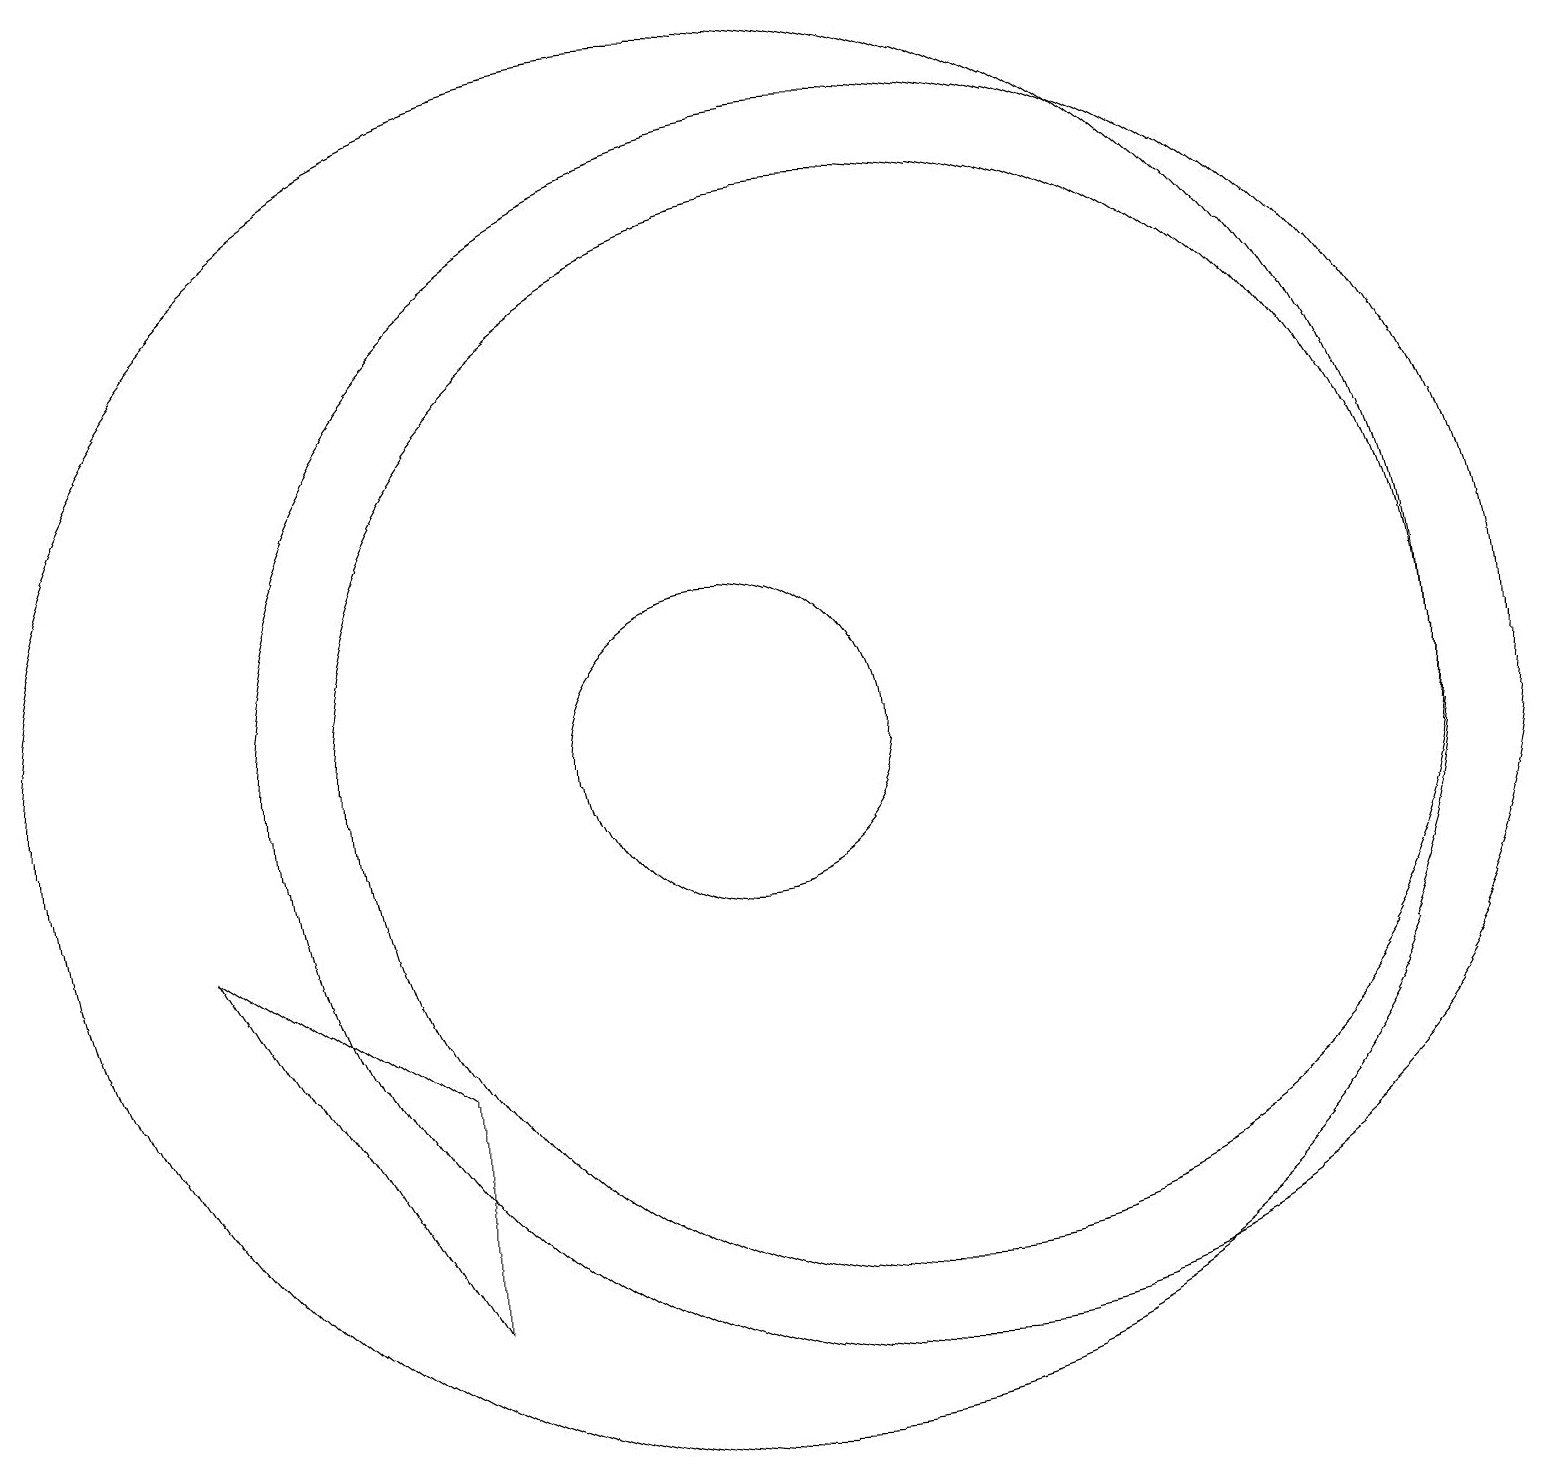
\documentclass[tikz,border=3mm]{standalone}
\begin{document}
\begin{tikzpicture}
\draw (10,11) circle (2);
\draw (10,11) circle (9);
\draw (12,11) circle (7);
\draw (6,4) -- (6,7) -- (3,9) -- cycle;
\draw (12,11) circle (8);
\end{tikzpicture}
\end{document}